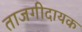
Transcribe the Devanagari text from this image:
ताजगीदायक